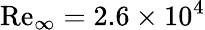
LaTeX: \mathrm{Re}_{\infty}=2.6\times 10^{4}